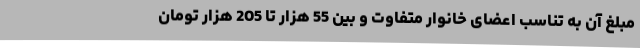
مبلغ آن به تناسب اعضای خانوار متفاوت و بین 55 هزار تا 205 هزار تومان